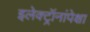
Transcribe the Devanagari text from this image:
इलेक्ट्रॉनांपेक्षा